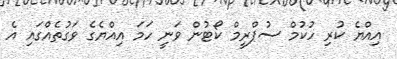
އިއްޔެ ކުރި ހުކުމް ސުޕްރީމް ކޯޓުން ވަނީ ހަމަ އިއްޔެގެ ވަގުތެއްގައި އެ